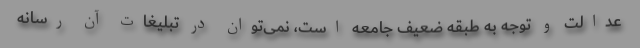
عدالت و توجه به طبقه ضعیف جامعه است، نمی‌توان در تبلیغاتِ آن رسانه